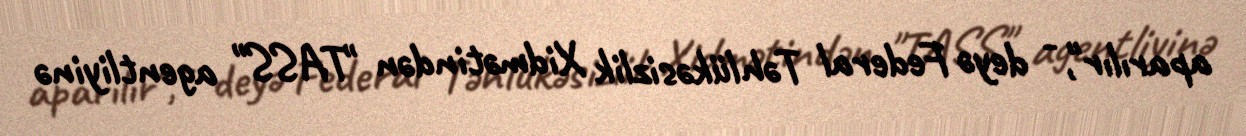
aparılır", - deyə Federal Təhlükəsizlik Xidmətindən "TASS" agentliyinə